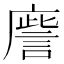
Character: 𢋀